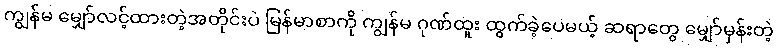
ကျွန်မ မျှော်လင့်ထားတဲ့အတိုင်းပဲ မြန်မာစာကို ကျွန်မ ဂုဏ်ထူး ထွက်ခဲ့ပေမယ့် ဆရာတွေ မျှော်မှန်းတဲ့